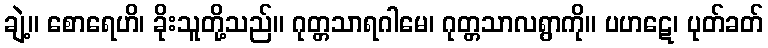
ချဲ့။ စောရေဟိ၊ ခိုးသူတို့သည်။ ဂုတ္တသာရဂါမေ၊ ဂုတ္တသာလရွာကို။ ပဟဋေ၊ ပုတ်ခတ်